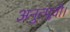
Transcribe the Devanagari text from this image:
अनुत्प्लवी।